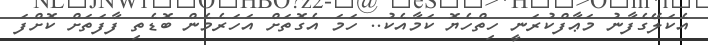
އެކަލޭގެފާނު މަޢާފްކުރަނީ ހިތްހެޔޮ ކަމާއެކު.. ހަމަ އެގޮތަށް އަހަރެމެން ބޮޑެތި ފާފަތަށް ކޮށްފަ